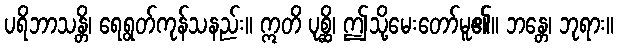
ပရိဘာသန္တိ၊ ရေရွတ်ကုန်သနည်း။ ဣတိ ပုစ္ဆိ၊ ဤသို့မေးတော်မူ၏။ ဘန္တေ၊ ဘုရား။